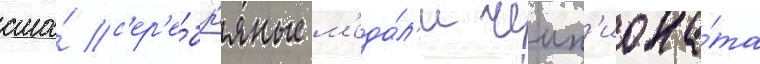
сша́ с'ер'е́бр'яные м'еда́л'и чемп'иона́та